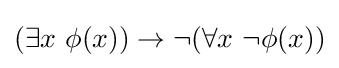
(\exists x\ \phi (x))\to \neg (\forall x\ \neg \phi (x))